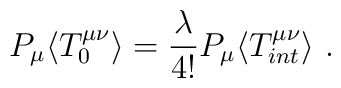
P_{\mu} \langle T_{0}^{\mu \nu} \rangle =\frac{\lambda}{4!}P_{\mu}\langle T_{int}^{\mu \nu} \rangle \ .